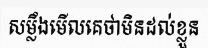
សម្លឹងមើលគេថាមិនដល់ខ្លួន